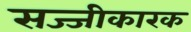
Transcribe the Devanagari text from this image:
सज्जीकारक